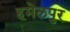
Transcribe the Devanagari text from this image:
हमेलपुर